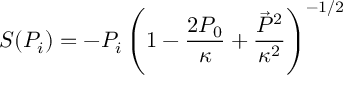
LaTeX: S ( P _ { i } ) = - P _ { i } \left( 1 - \frac { 2 P _ { 0 } } { \kappa } + \frac { \vec { P } ^ { 2 } } { \kappa ^ { 2 } } \right) ^ { - 1 / 2 }